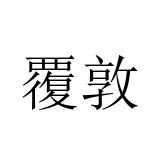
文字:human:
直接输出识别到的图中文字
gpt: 覆敦